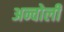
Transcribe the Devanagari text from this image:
अन्चोली